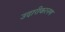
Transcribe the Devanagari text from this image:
उदारीकरनण